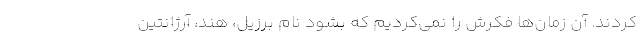
‌کردند. آن زمان‌ها فکرش را نمی‌کردیم که بشود نام برزیل، هند، آرژانتین